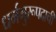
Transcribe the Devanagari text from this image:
धर्मगुरूपदाची